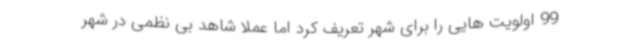
99 اولویت هایی را برای شهر تعریف کرد اما عملا شاهد بی نظمی در شهر